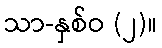
သာ-နှစ်ဝ (၂)။